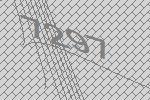
7297